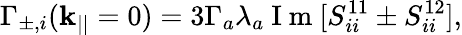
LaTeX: \Gamma_{\pm,i}(\mathbf{k}_{||}=0)=3\Gamma_{a}\lambda_{a}\mathrm{~I~m~}[S_{ii}^{11}\pm S_{ii}^{12}],